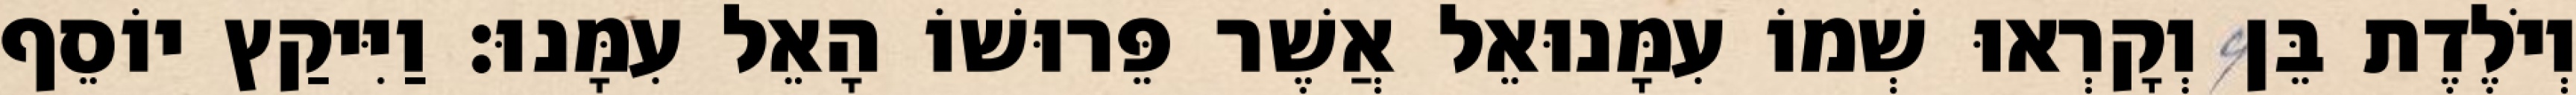
וְיֹלֶדֶת בֵּן וְקָרְאוּ שְׁמוֹ עִמָּנוּאֵל אֲשֶׁר פֵּרוּשׁוֹ הָאֵל עִמָּנוּ׃ וַיִּיקַץ יוֹסֵף